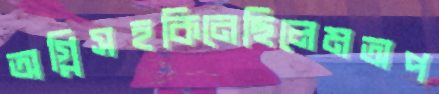
অগ্নিসহকিনেছিলেমঅপ